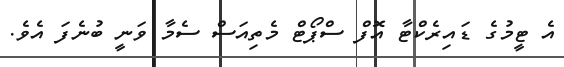
އެ ޓީމުގެ ޑައިރެކްޓާ އޮފް ސްޕޯޓް މެތިއަސް ސެމާ ވަނީ ބުނެފަ އެވެ.